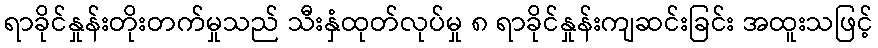
ရာခိုင်နှုန်းတိုးတက်မှုသည် သီးနှံထုတ်လုပ်မှု ၈ ရာခိုင်နှုန်းကျဆင်းခြင်း အထူးသဖြင့်